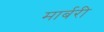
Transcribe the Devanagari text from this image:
मार्बरी